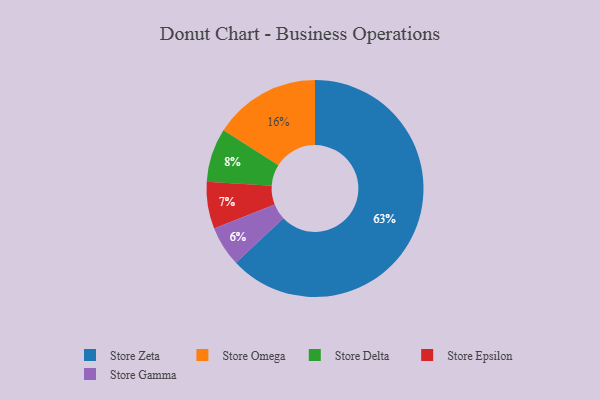
{"axis": {"x": "Category", "y": "Percentage"}, "legend": ["Store Delta", "Store Epsilon", "Store Gamma", "Store Omega", "Store Zeta"], "data": [{"x": "Store Epsilon", "y": 7, "type": "Store Epsilon"}, {"x": "Store Gamma", "y": 6, "type": "Store Gamma"}, {"x": "Store Delta", "y": 8, "type": "Store Delta"}, {"x": "Store Omega", "y": 16, "type": "Store Omega"}, {"x": "Store Zeta", "y": 63, "type": "Store Zeta"}]}